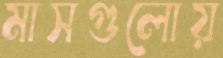
মাসগুলোয়